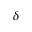
\delta